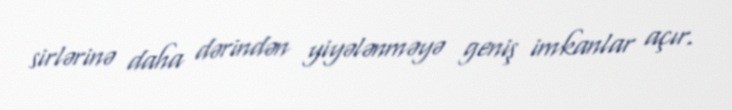
sirlərinə daha dərindən yiyələnməyə geniş imkanlar açır.